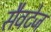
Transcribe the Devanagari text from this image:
सैवटेज